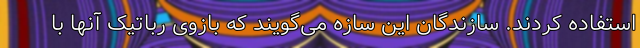
استفاده کردند. سازندگان این سازه می‌گویند که بازوی رباتیک آنها با